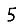
Digit: 5